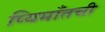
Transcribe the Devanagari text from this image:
प्यिमाँतची